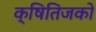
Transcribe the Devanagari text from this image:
क्षितिजको